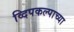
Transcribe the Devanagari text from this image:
व्दिपकल्पाच्या